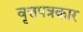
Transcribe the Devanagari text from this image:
वृत्तपत्रकार